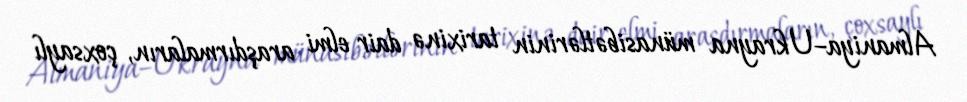
Almaniya–Ukrayna münasibətlərinin tarixinə dair elmi araşdırmaların, çoxsaylı